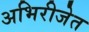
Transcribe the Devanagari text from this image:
अभिरीजेत